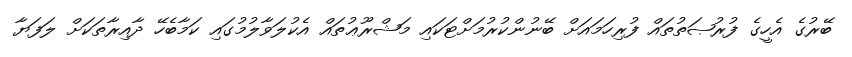
ބޭރުގެ އެހީގެ ފުރުޞަތުތައް ފުރިހަމައަށް ބޭނުންކުރުމަށްޓަކައި މަޝްރޫޢުތައް އެކުލަވާލުމުގައި ކަމާބެހޭ ދާއިރާތަކަށް ލަފަޔާ